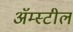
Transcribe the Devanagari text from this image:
अॅम्स्टील